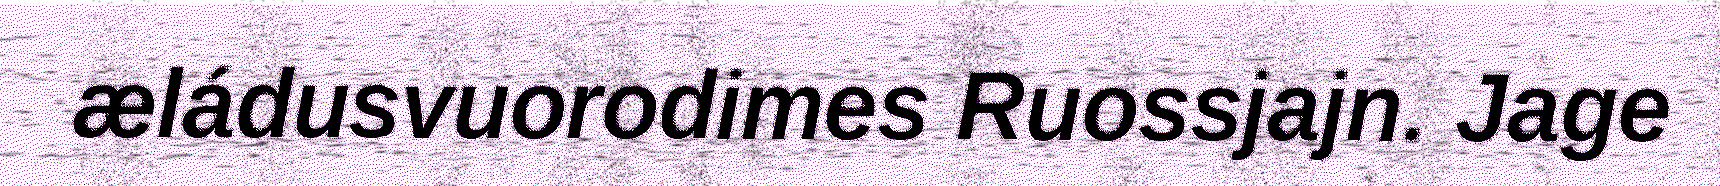
æládusvuorodimes Ruossjajn. Jage